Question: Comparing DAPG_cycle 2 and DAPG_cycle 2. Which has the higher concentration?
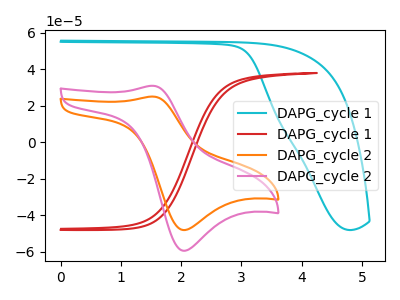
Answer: <think>The cyan curve "DAPG_cycle 1" has no peaks. The red curve "DAPG_cycle 1" has no peaks. The orange curve "DAPG_cycle 2" has an anodic peak at (1.55V, 24.95uA) and a cathodic peak at (2.05V, -48.00uA). The pink curve "DAPG_cycle 2" has an anodic peak at (1.55V, 30.85uA) and a cathodic peak at (2.05V, -59.35uA).
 All the peaks in "DAPG_cycle 2" have a peak in "DAPG_cycle 2" at the same potential. Every peak in "DAPG_cycle 2" is lower than every peak in "DAPG_cycle 2".</think>
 <answer>"DAPG_cycle 2" has less signal than "DAPG_cycle 2" and so likely has a lower concentration.</answer>
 <eval>less_concentration</eval>